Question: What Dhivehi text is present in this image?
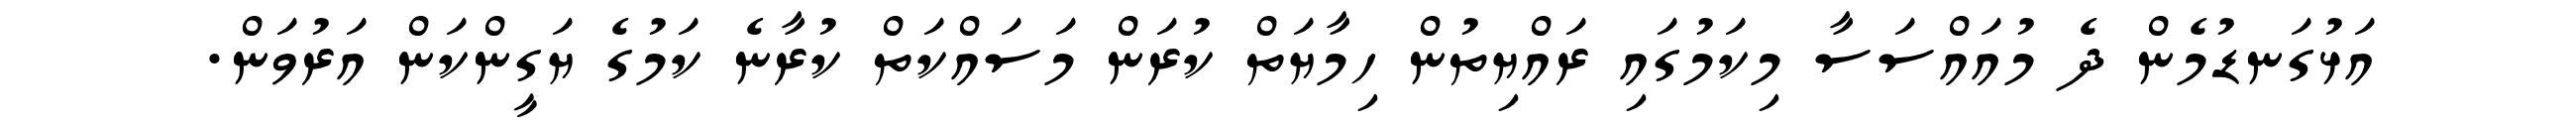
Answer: އަޅުގަނޑުމެން ދެ މުއައްސަސާ މިކަމުގައި ރައްޔިތުން ހިމާޔަތް ކުރަން މަސައްކަތް ކުރާނެ ކަމުގެ ޔަގީންކަން އަރުވަން.